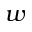
w